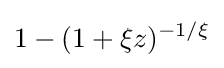
1-(1+\xi z)^{-1/\xi }